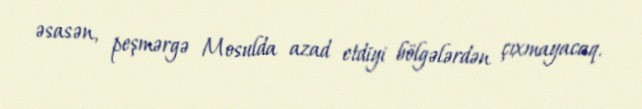
əsasən, peşmərgə Mosulda azad etdiyi bölgələrdən çıxmayacaq.